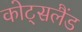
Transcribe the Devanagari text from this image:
कोट्सलैंड